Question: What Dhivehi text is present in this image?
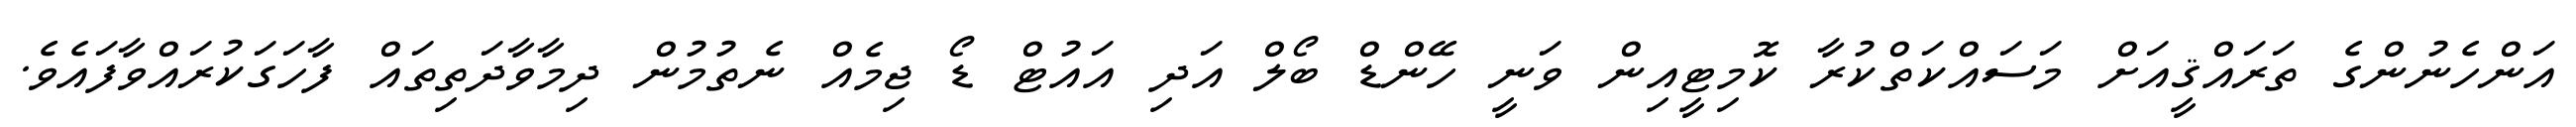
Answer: އަންހެނުންގެ ތަރައްޤީއަށް މަސައްކަތްކުރާ ކޮމިޓީއިން ވަނީ ހޭންޑް ބޯލް އަދި އައުޓް ޑޯ ޖިމެއް ނެތުމުން ދިމާވާދަތިތައް ފާހަގަކުރައްވާފައެވެ.